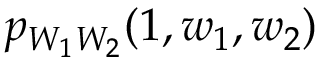
p _ { W _ { 1 } W _ { 2 } } ( 1 , w _ { 1 } , w _ { 2 } )